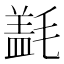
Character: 𰚱